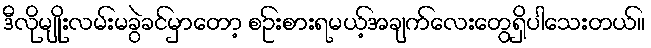
ဒီလိုမျိုးလမ်းမခွဲခင်မှာတော့ စဥ်းစားရမယ့်အချက်လေးတွေရှိပါသေးတယ်။